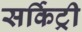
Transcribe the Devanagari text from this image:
सर्किट्री